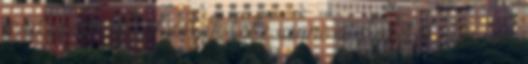
svalizsér: el akarták tőle venni a stafétát. De biz